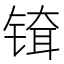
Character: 𬭞